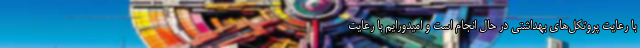
با رعایت پروتکل‌های بهداشتی در حال انجام است و امیدورایم با رعایت